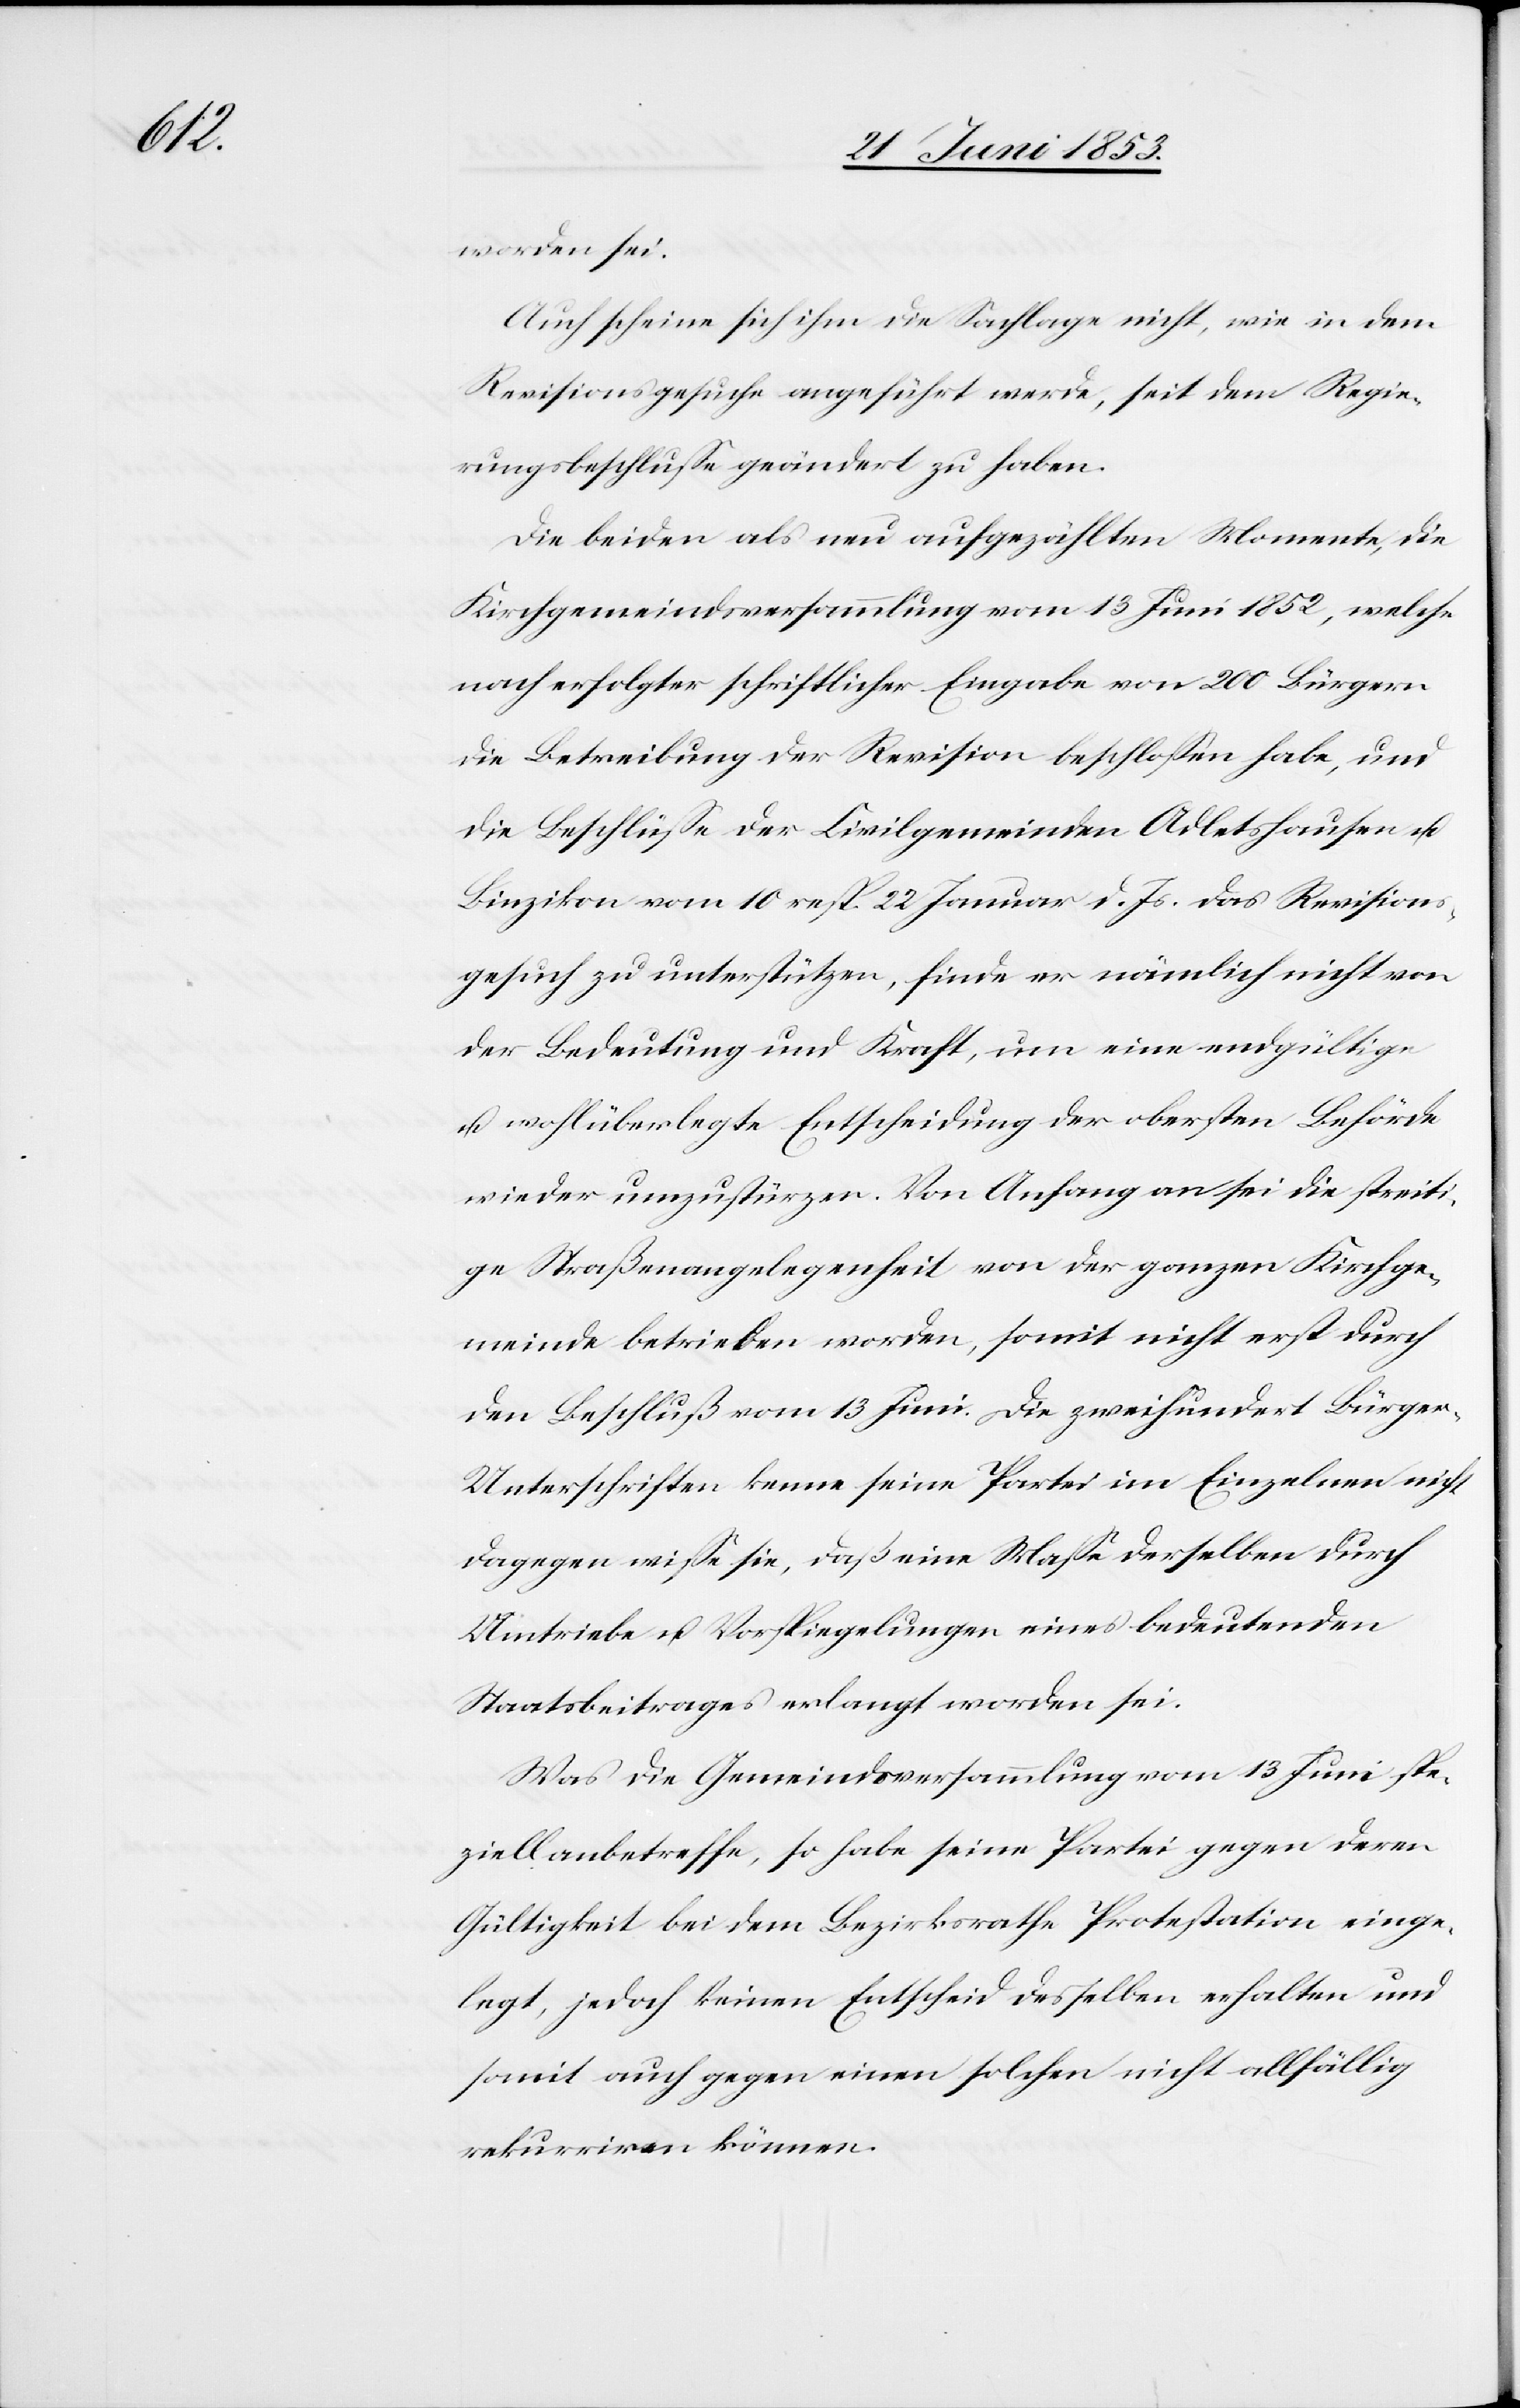
worden sei.
Auch scheine sich ihm die Sachlage nicht, wie in dem
Revisionsgesuche angeführt werde, seit dem Regie¬
rungsbeschluße geändert zu haben.
Die beiden als neu aufgezählten Momente, die
Kirchgemeindsversammlung vom 13 Juni 1852, welche
nach erfolgter schriftlicher Eingabe von 200 Bürgern
die Betreibung der Revision beschloßen habe, und
die Beschlüße der Civilgemeinden Adletshausen u.
Binzikon vom 10 resp. 22 Januar d. Js. das Revisions¬
gesuch zu unterstützen, finde er nämlich nicht von
der Bedeutung und Kraft, um eine endgültige
u. wohlüberlegte Entscheidung der obersten Behörde
wieder umzustürzen. Von Anfang an sei die streiti¬
ge Straßenangelegenheit von der ganzen Kirchge¬
meinde betrieben worden, somit nicht erst durch
den Beschluß vom 13 Juni. Die zweihundert Bürge¬
r-Unterschriften kenne seine Partei im Einzelnen nicht,
dagegen wiße sie, daß eine Maße derselben durch
Umtriebe u. Vorspiegelungen eines bedeutenden
Staatsbeitrages erlangt worden sei.
Was die Gemeindsversammlung vom 13 Juni spe¬
ziell anbetreffe, so habe seine Partei gegen deren
Gültigkeit bei dem Bezirksrathe Protestation einge¬
legt, jedoch keinen Entscheid desselben erhalten und
somit auch gegen einen solchen nicht allfällig
rekurriren können.